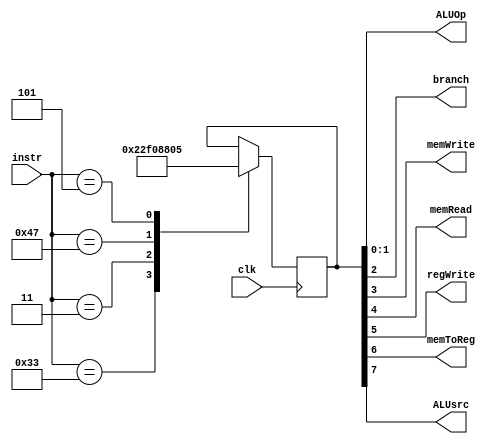
module control(
    output[1:0] ALUOp,
    output branch, memWrite, memRead, regWrite, memToReg,  ALUsrc, 
    input [6:0] instr,
    input clk
);

// wire branch, memRead, memToReg, memWrite, ALUsrc, regWrite;
//wire [1:0] ALUctrl;

    reg[7:0] decoder;
    assign ALUOp = decoder[1:0];
    assign branch = decoder[2];
    assign memWrite = decoder[3];
    assign memRead = decoder[4];
    assign regWrite = decoder[5];
    assign memToReg = decoder[6];
    assign ALUsrc = decoder[7];

always@(posedge clk) begin
    case(instr)
    7'h33   :   decoder <= 8'b00100010;  //r_type
    7'h3    :   decoder <= 8'b11110000;  //beq
    7'h47   :   decoder <= 8'b10001000;  //sw
    7'h5    :   decoder <= 8'b00000101;    //lw
    endcase
end

endmodule